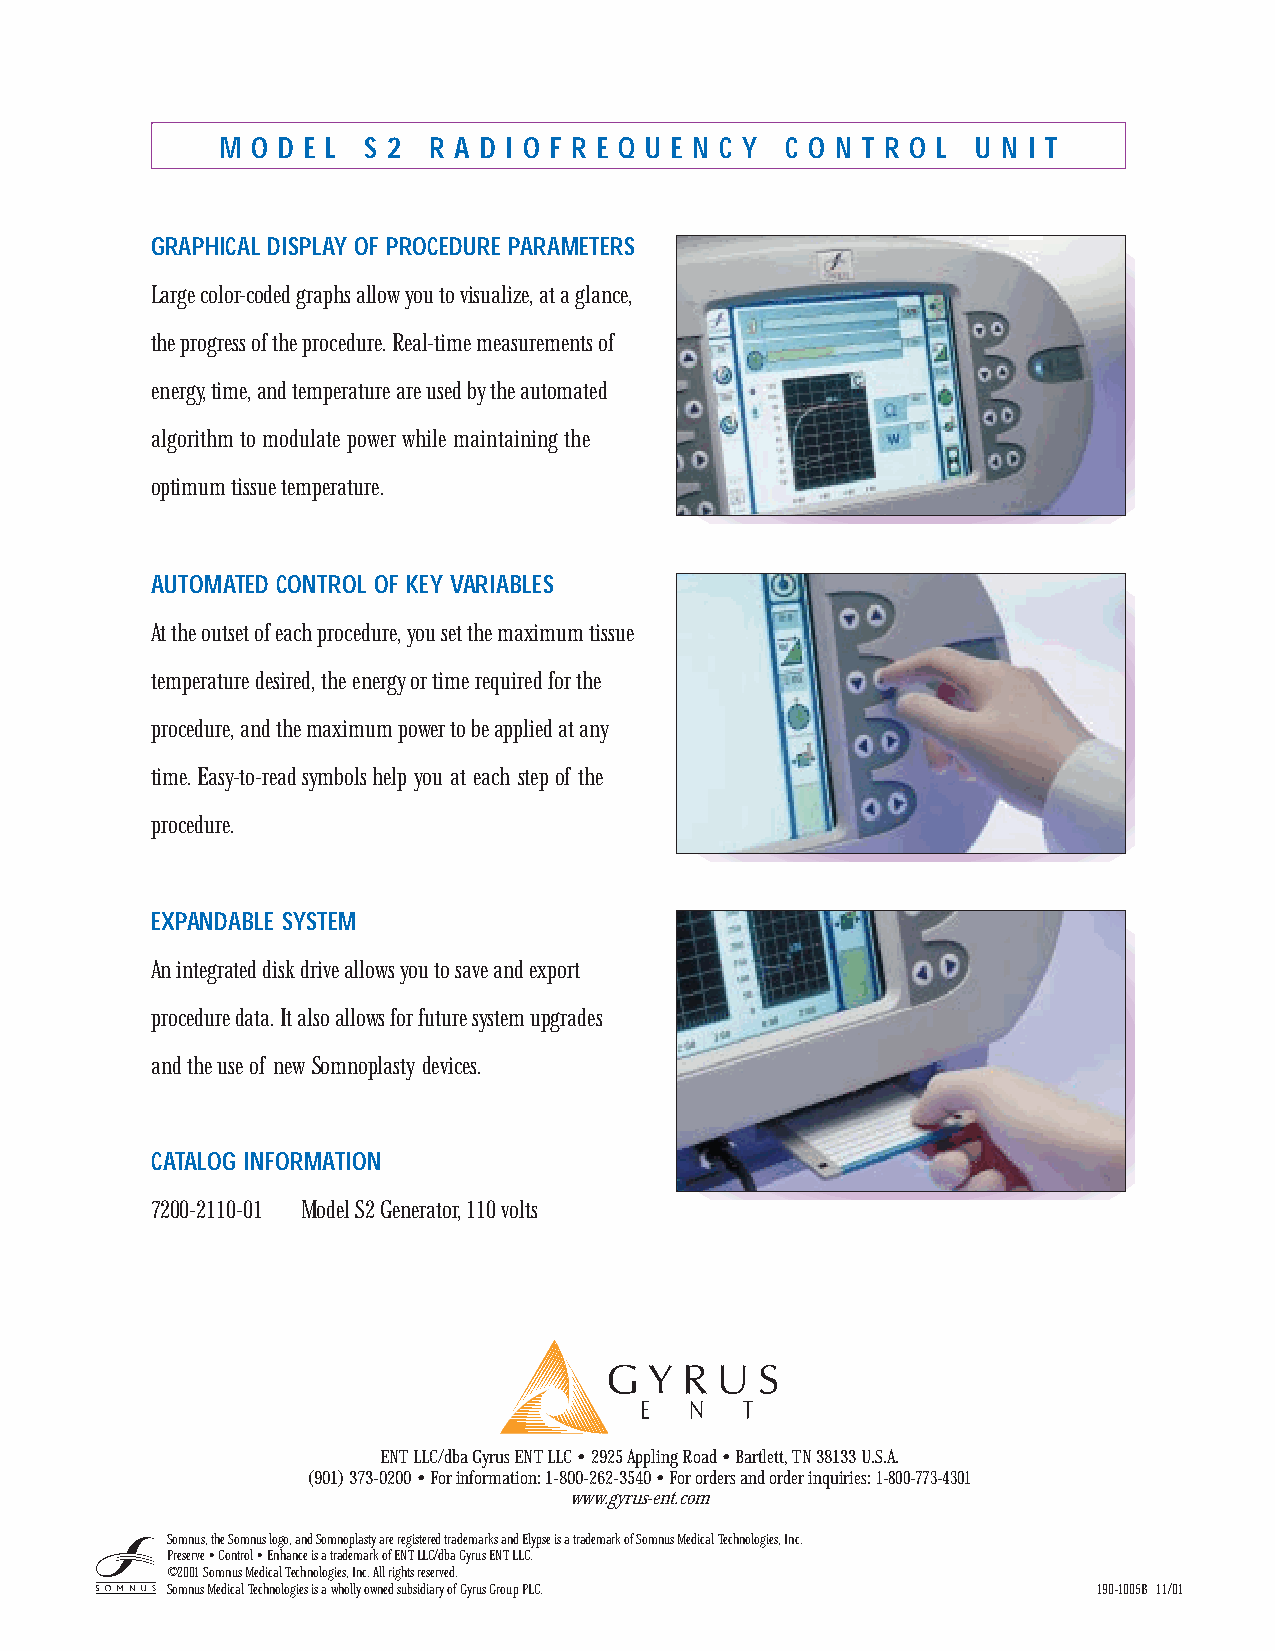
M O D E L S 2 R A D I O F R E Q U E N C Y C O N T R O L U N I T
 GRAPHICAL DISPLAY OF PROCEDURE PARAMETERS
 Large color-coded graphs allow you to visualize, at a glance,
 the progress of the procedure. Real-time measurements of
 energy,time, and temperature are used by the automated
 algorithm to modulate power while maintaining the
 optimum tissue temperature.
 AUTOMATED CONTROL OF KEY VARIABLES
 At the outset of each procedure, you set the maximum tissue
 temperature desired, the energy or time required for the
 procedure, and the maximum power to be applied at any
 time. Easy-to-read symbolshelp you at each step of the
 procedure.
 EXPANDABLE SYSTEM
 An integrated disk drive allows you to save and export
 procedure data. It also allows for future system upgrades
 and the use of new Somnoplasty devices.
 CATALOG INFORMATION
 7200-2110-01 Model S2 Generator, 110 volts
 ENT LLC/dba Gyrus ENTLLC • 2925 Appling Road • Bartlett, TN 38133 U.S.A.
 (901) 373-0200 • For information: 1-800-262-3540 • For orders and order inquiries: 1-800-773-4301
 www.gyrus-ent.com
 Somnus, the Somnus logo, and Somnoplasty are registered trademarks and Elypse is a trademark of Somnus Medical Technologies, Inc.
 Preserve • Control • Enhance is a trademark of ENTLLC/dba Gyrus ENT LLC.
 ©2001 Somnus Medical Technologies, Inc. All rights reserved.
 Somnus Medical Technologies is a wholly owned subsidiary of Gyrus Group PLC. 190-1005B 11/01